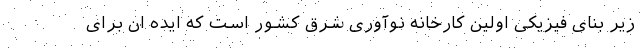
زیر بنای فیزیکی اولین کارخانه نوآوری شرق کشور است که ایده ان برای